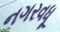
નગરવધૂ